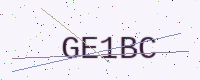
Text: GE1BC